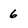
Character: 6